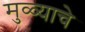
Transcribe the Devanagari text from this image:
मुळ्याचे